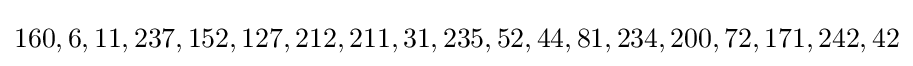
160,6,11,237,152,127,212,211,31,235,52,44,81,234,200,72,171,242,42